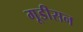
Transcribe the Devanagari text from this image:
गूडीसन